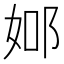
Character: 𨚴